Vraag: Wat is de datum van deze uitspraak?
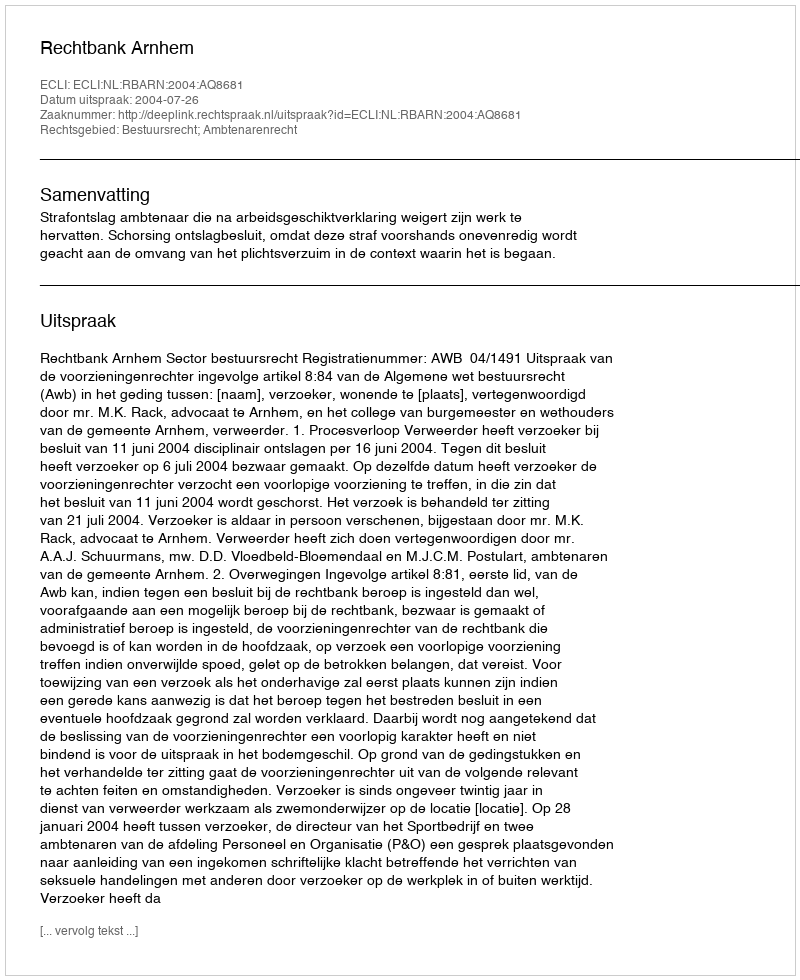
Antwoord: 2004-07-26